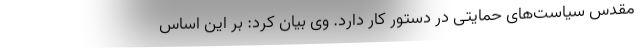
مقدس سیاست‌های حمایتی در دستور کار دارد. وی بیان کرد: بر این اساس